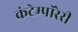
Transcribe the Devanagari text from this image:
कंटेम्पॉरेरी